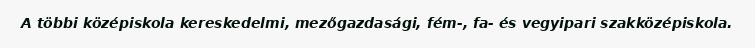
A többi középiskola kereskedelmi, mezőgazdasági, fém-, fa- és vegyipari szakközépiskola.